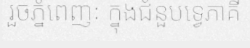
រួចភ្នំពេញៈ ក្នុងជំនួបទ្វេភាគី